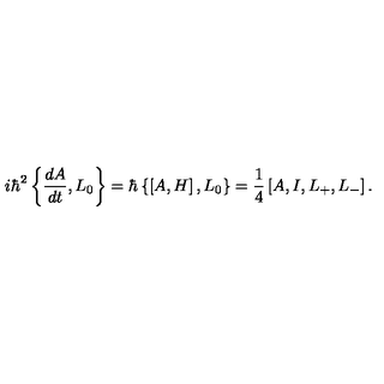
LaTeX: i \hbar ^ { 2 } \left\{ \frac { d A } { d t } , L _ { 0 } \right\} = \hbar \left\{ \left[ A , H \right] , L _ { 0 } \right\} = \frac { 1 } { 4 } \left[ A , I , L _ { + } , L _ { - } \right] .